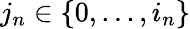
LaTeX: j_{n}\in\{ 0,...,i_{n}\}